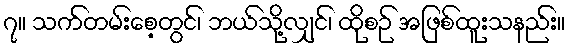
၇။ သက်တမ်းစေ့တွင်၊ ဘယ်သို့လျှင်၊ ထိုစဉ် အဖြစ်ထူးသနည်း။